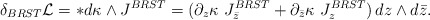
\begin{align*}\delta_{BRST}{\cal L}=*d\kappa\wedge J^{BRST}=(\partial_z\kappa \,\,J_{\bar z}^{BRST}+\partial_{\bar z}\kappa \,\,J_z^{BRST})\, dz\wedge d \bar z.\end{align*}